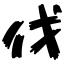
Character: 伐